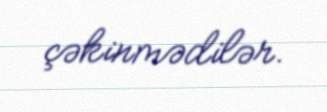
çəkinmədilər.